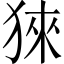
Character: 猍